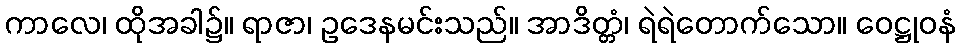
ကာလေ၊ ထိုအခါ၌။ ရာဇာ၊ ဥဒေနမင်းသည်။ အာဒိတ္တံ၊ ရဲရဲတောက်သော။ ဝေဋ္ဌုဝနံ